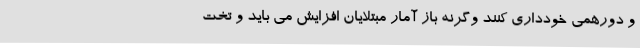
و دورهمی خودداری کنند وگرنه باز آمار مبتلایان افزایش می باید و تخت